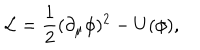
LaTeX: { \cal { L } } = \frac { 1 } { 2 } ( \partial _ { \mu } \phi ) ^ { 2 } - U ( \phi ) ,